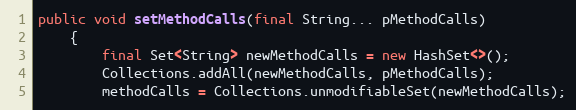
Language: Java
public void setMethodCalls(final String... pMethodCalls)
    {
        final Set<String> newMethodCalls = new HashSet<>();
        Collections.addAll(newMethodCalls, pMethodCalls);
        methodCalls = Collections.unmodifiableSet(newMethodCalls);